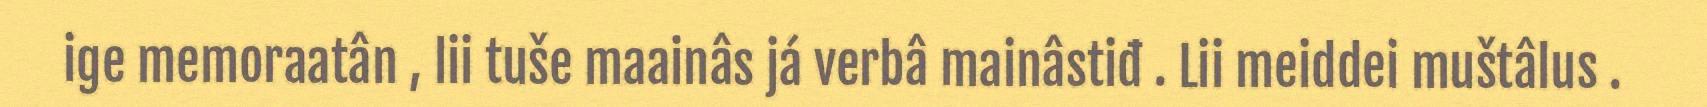
ige memoraatân , lii tuše maainâs já verbâ mainâstiđ . Lii meiddei muštâlus .